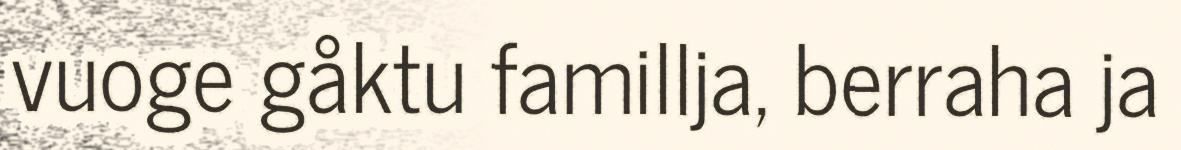
vuoge gåktu famillja, berraha ja